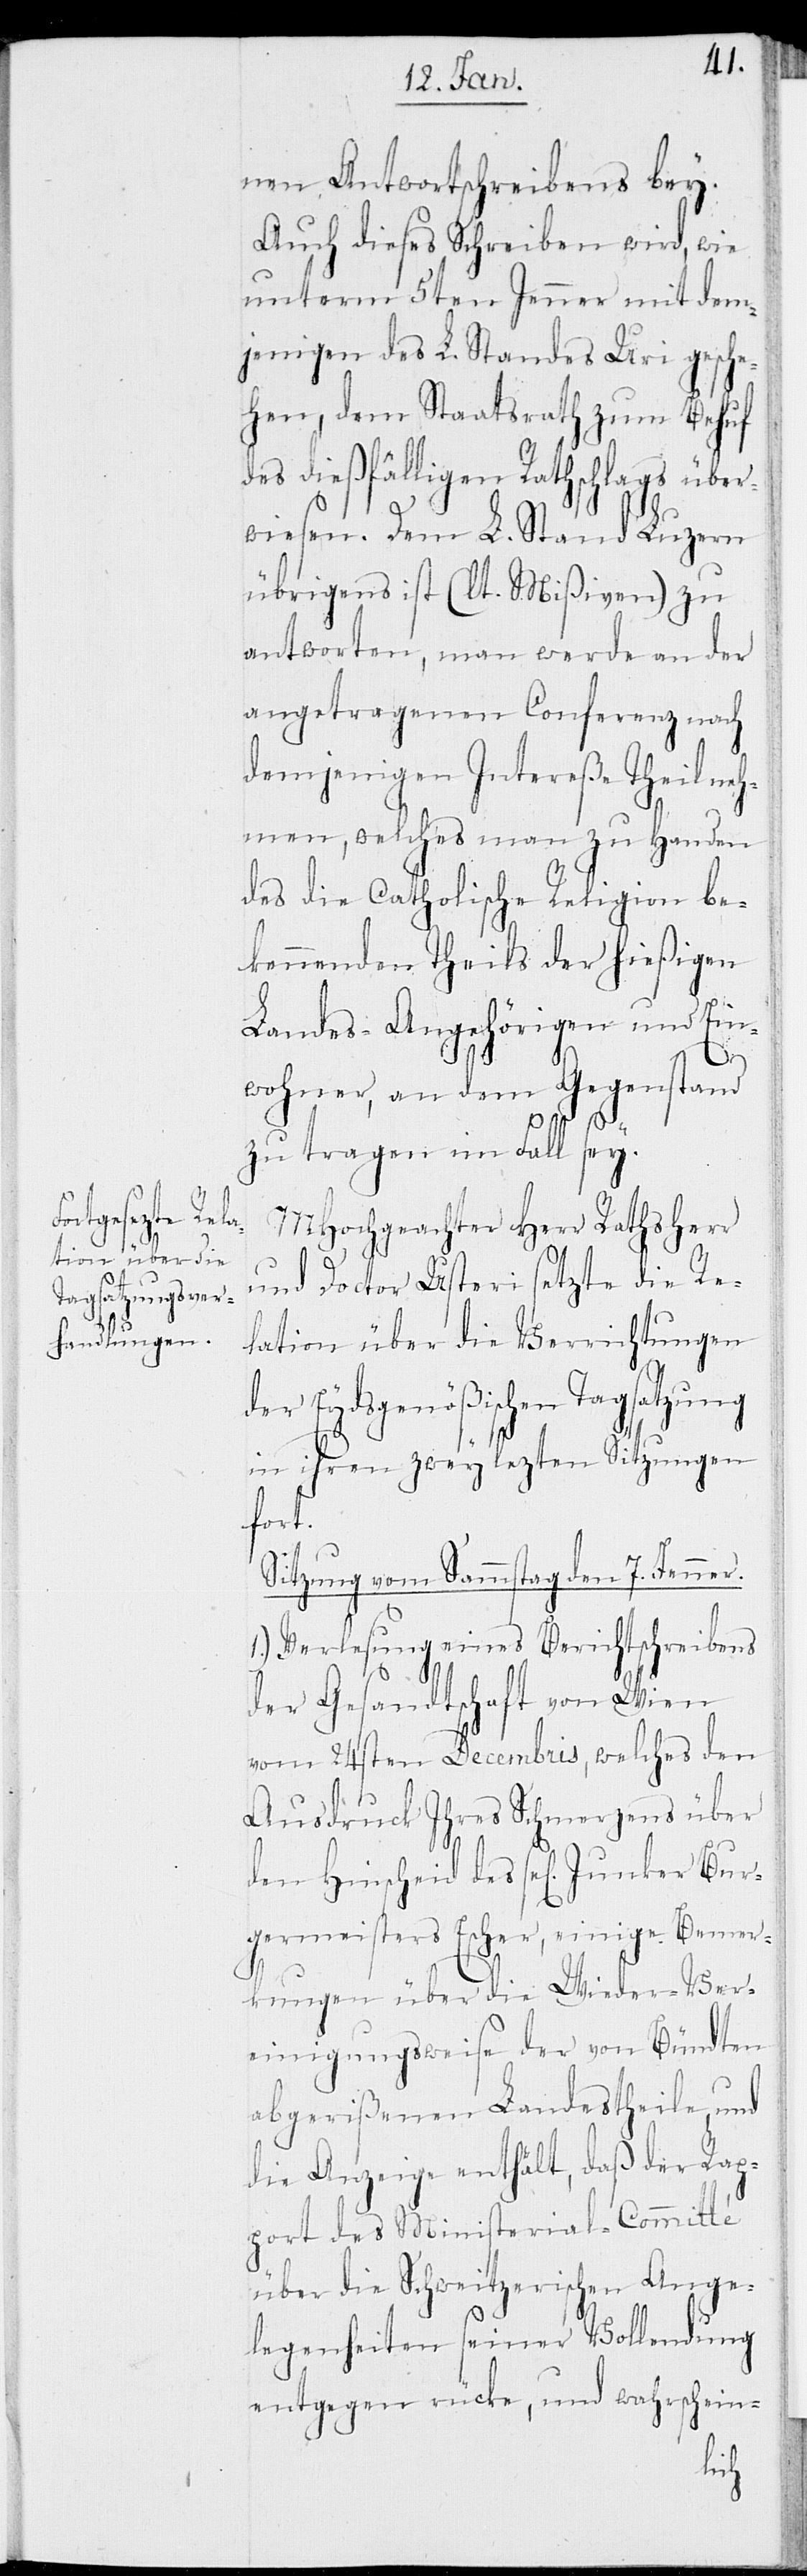
nen Antwortschreibens bey.
Auch dieses Schreiben wird, wie
unterm 5ten Jenner mit dem¬
jenigen des L. Standes Uri gesche¬
hen, dem Staatsrath zum Behuf
des dießfälligen Rathschlags über¬
wiesen. Dem L. Stand Luzern
übrigens ist (lt. Mißiven) zu
antworten, man werde an der
angetragenen Conferenz nach
demjenigen Intereße Theil ne¬
hmen, welches man zu Handen
des die Catholische Religion be¬
kennenden Theils der hießigen
Landes-Angehörigen und Ein¬
wohner, an dem Gegenstand
zu tragen im Fall sey.
MHochgeachter Herr Rathsherr
und Doctor Usteri setzte die Re¬
lation über die Verrichtungen
der Eydsgenößischen Tagsatzung
in ihren zwey lezten Sitzungen
fort.
Sitzung vom Sammstag den 7 Jenner.
1.) Verlesung eines Berichtschreibens
der Gesandtschaft von Wien
vom 24sten Decembris, welches den
Ausdruck Ihres Schmerzens über
den Hinscheid des sel. Junker Bur¬
germeisters Escher, einige Bemer¬
kungen über die Wieder-Ver¬
einigungsweise der von Bündten
abgerißenen Landestheile, und
die Anzeige enthält, daß der Rap¬
port des Ministerial-Committé
über die Schweizerischen Ange¬
legenheiten seiner Vollendung
entgegen rücke, und wahrschein-